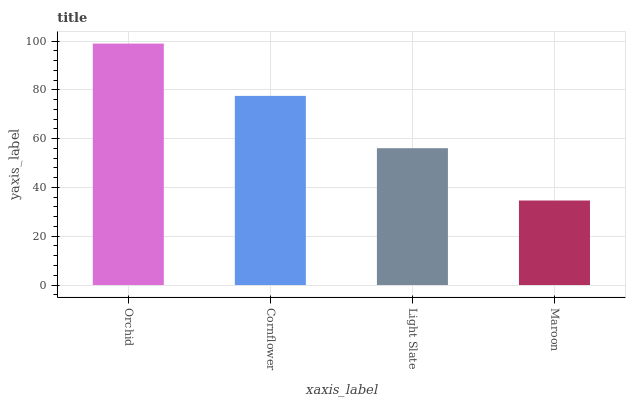
| xaxis_label | bars |
 | --- | --- |
 | Orchid | 99 |
 | Cornflower | 77.6 |
 | Light Slate | 56.1 |
 | Maroon | 34.7 |